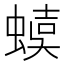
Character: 𧍩